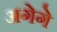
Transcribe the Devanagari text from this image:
अगेगे